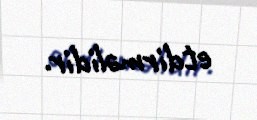
etdirməlidir.